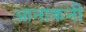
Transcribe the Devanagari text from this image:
आनाकनी